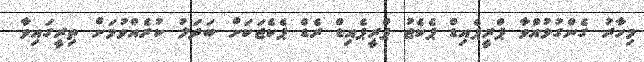
މިހާރު ގެންގުޅުއްވާ ޕްރީޕެއިޑް ޕެކެޖު ޕްރީޕެއިޑް ރެޑް ޕެކެޖަކަށް ބަދަލު ކުރެއްވުމަށް ތިރީގައިވާ